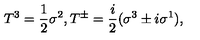
T ^ { 3 } = \frac { 1 } { 2 } \sigma ^ { 2 } , T ^ { \pm } = \frac { i } { 2 } ( \sigma ^ { 3 } \pm i \sigma ^ { 1 } ) ,